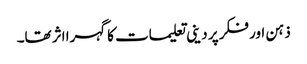
ذہن اور فکر پر دینی تعلیمات کاگہرا اثر تھا۔